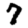
Digit: 7